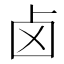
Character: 卤